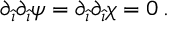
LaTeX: \partial _ { \hat { \imath } } \partial _ { \hat { \imath } } \psi = \partial _ { \hat { \imath } } \partial _ { \hat { \imath } } \chi = 0 \, .